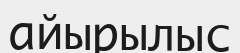
айырылыс